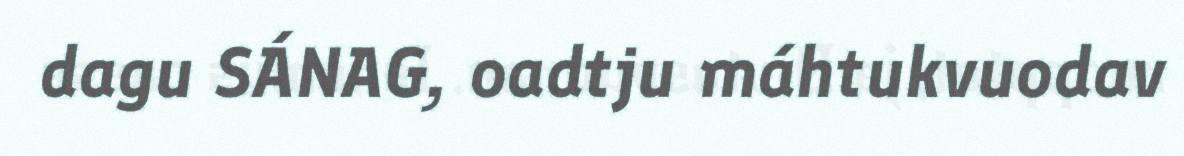
dagu SÁNAG, oadtju máhtukvuodav